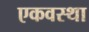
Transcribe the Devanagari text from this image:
एकवस्था